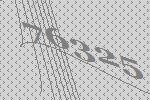
76325